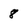
Character: 8